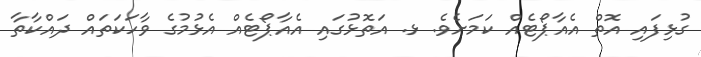
ގުޅިފައި އޮތް އެއާޕޯޓެއް ކަމަށެވެ. ޅ. އަތޮޅުގައި އެއާޕޯޓެއް އެޅުމުގެ ވާހަކަތައް ދައްކާތާ